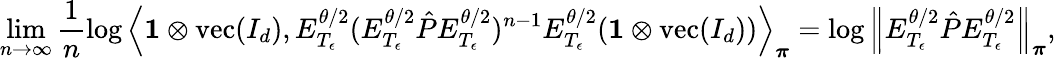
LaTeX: \operatorname*{lim}_{n\to\infty}\frac{1}{n}\log\left\langle\mathbf{1}\otimes\operatorname{vec}(I_{d}),E_{T_{\epsilon}}^{\theta/2}(E_{T_{\epsilon}}^{\theta/2}\hat{P}E_{T_{\epsilon}}^{\theta/2})^{n-1}E_{T_{\epsilon}}^{\theta/2}(\mathbf{1}\otimes\operatorname{vec}(I_{d}))\right\rangle_{\boldsymbol\pi}=\log\left\lVert E_{T_{\epsilon}}^{\theta/2}\hat{P}E_{T_{\epsilon}}^{\theta/2}\right\rVert_{\boldsymbol\pi},